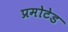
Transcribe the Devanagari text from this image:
प्रमोटेड